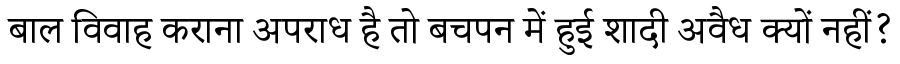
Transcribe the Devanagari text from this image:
बाल विवाह कराना अपराध है तो बचपन में हुई शादी अवैध क्यों नहीं?